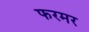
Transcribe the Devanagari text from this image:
फरमर